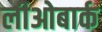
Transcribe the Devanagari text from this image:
लीओबार्क